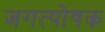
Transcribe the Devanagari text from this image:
जगत्पोषक